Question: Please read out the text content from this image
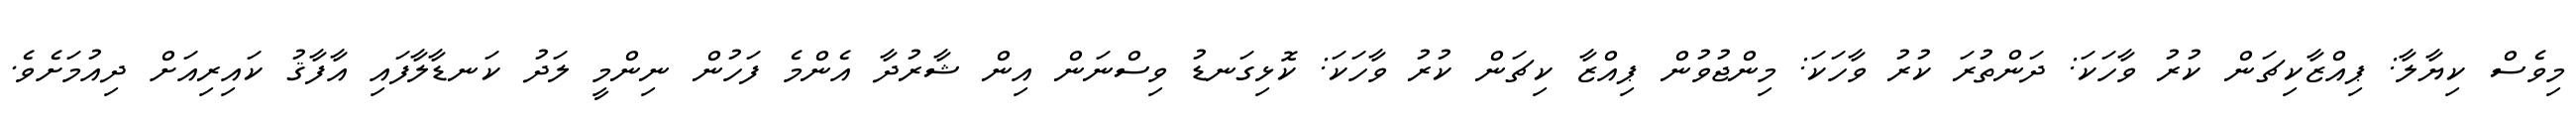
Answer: މިވެސް ކިޔާލާ: ޕިއްޒާކިޗަން ކުރު ވާހަކަ: ދަންތުރަ ކުރު ވާހަކަ: މިންޖުވުން ޕިއްޒާ ކިޗަން ކުރު ވާހަކަ: ކޮޅިގަނޑު ވިސްނަން އިން ޝާރުދާ އެންމެ ފަހުން ނިންމީ ލަދު ކަނޑާލާފައި އާފާޤު ކައިރިއަށް ދިއުމަށެވެ.